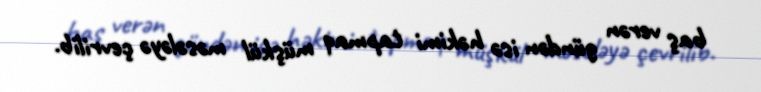
baş verən gündən isə həkimi tapmaq müşkül məsələyə çevrilib.